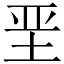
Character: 垩